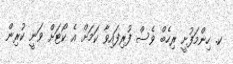
ކ. ހިންމަފުށީ ރިހެބް ވެސް ފުރިފައިވާ ކަމަށް އެ ކޯޓަށް ވަނީ ކުރިން